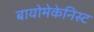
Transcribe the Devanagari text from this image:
बायोमेकेनिस्ट